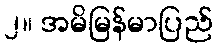
၂။ အမိမြန်မာပြည်